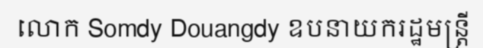
លោក Somdy Douangdy ឧបនាយករដ្ឋមន្ត្រី